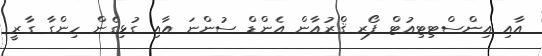
އާއި އިންސްޓިޓިއުޓް ފޯރ ޤްރުއާން އެންޑް ސުންނަ އާއި ގުޅިގެން ހިންގާ ގާރީ